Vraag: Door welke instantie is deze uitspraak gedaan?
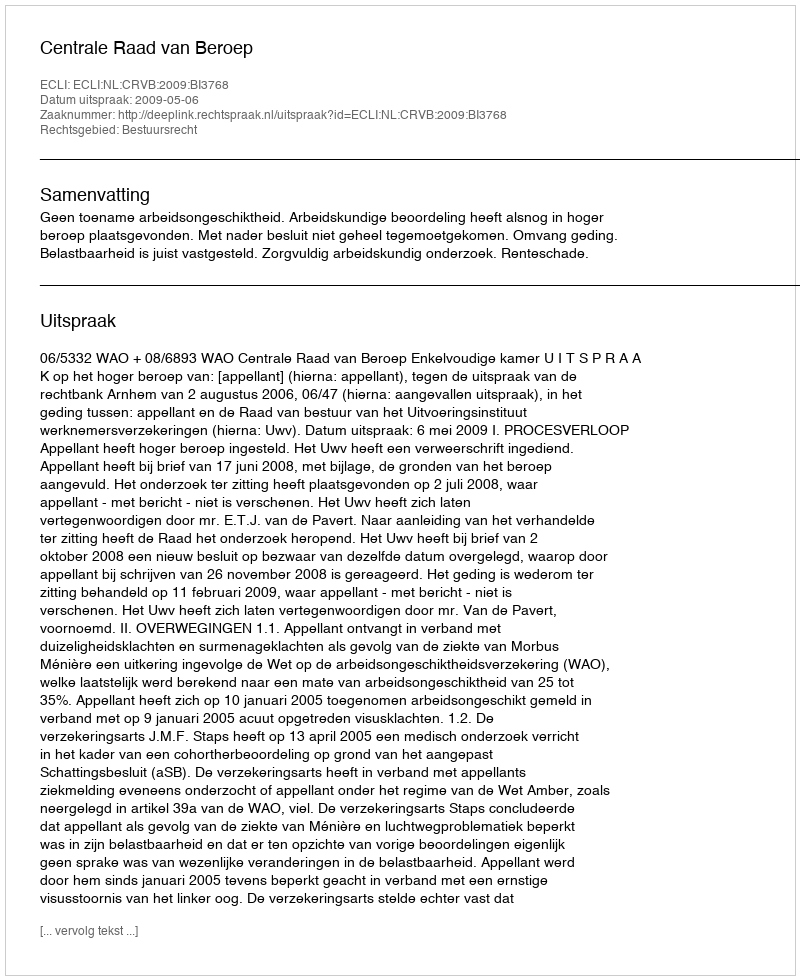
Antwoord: Centrale Raad van Beroep